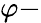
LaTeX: \varphi-